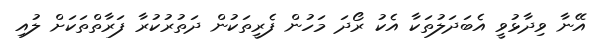
އޭނާ ވިދާޅުވީ އެބަދަލުތަކާ އެކު ރޯދަ މަހުން ފެރީތަކުން ދަތުރުކުރާ ފަރާތްތަކަށް ލުއި